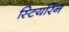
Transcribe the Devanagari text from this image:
स्टियरिन